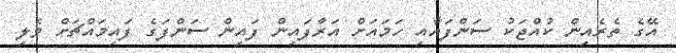
އޭގެ ތެރެއިން ކުއްޖަކު ސަންފައާއި ހަމައަށް އަރާފައިން ފައިން ސަންފަގެ ފައިމައްޗަށް ވެލި